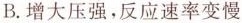
B. 增大压强，反应速率变慢